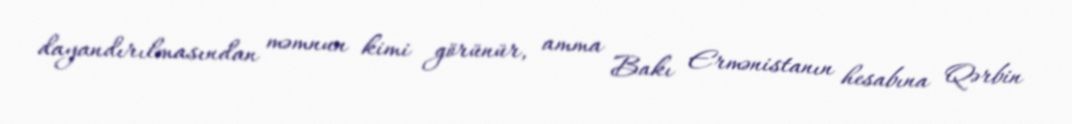
dayandırılmasından məmnun kimi görünür, amma Bakı Ermənistanın hesabına Qərbin